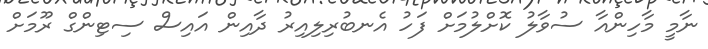
ނާމީ މާހިންއާ ސުވާލު ކޮށްލުމަށް ފަހު އެނބުރިލިއިރު ދާއިން އައިސް ސިޓިންގް ރޫމަށް